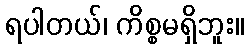
ရပါတယ်၊ ကိစ္စမရှိဘူး။